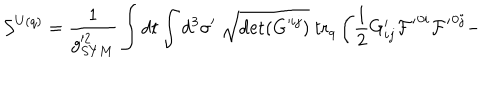
{ \cal S } ^ { U ( q ) } = \frac { 1 } { g _ { S Y M } ^ { 2 } } \int d t \int d ^ { 3 } \sigma ^ { \prime } ~ \sqrt { \det ( G ^ { i j } ) } ~ \mathrm { t r } _ { q } \left( \frac { 1 } { 2 } G _ { i j } ^ { \prime } { \cal F ^ { \prime } } ^ { 0 i } { \cal F ^ { \prime } } ^ { 0 j } - \right.